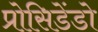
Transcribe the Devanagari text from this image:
प्रोसिडेंडो